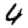
Digit: 4